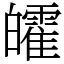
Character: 皬